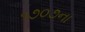
૧૭૦૭ના